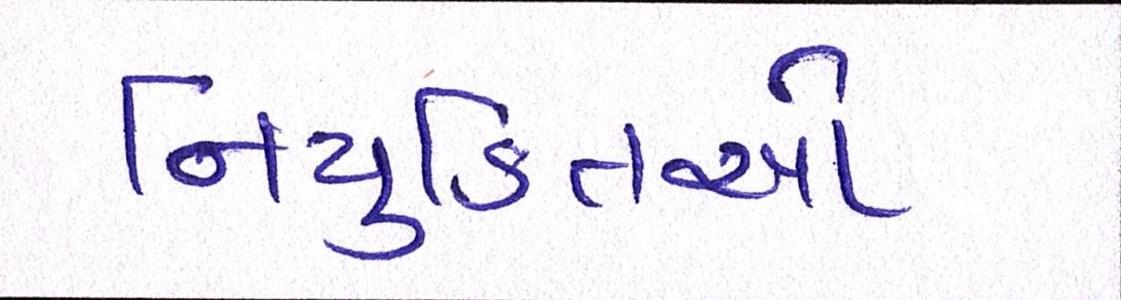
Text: નિયુક્તિઓ